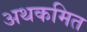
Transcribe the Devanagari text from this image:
अथकमित